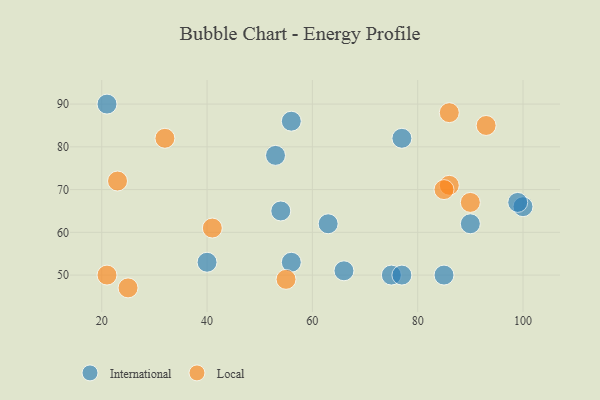
{"axis": {"x": "GDP", "y": "Life Expectancy"}, "legend": ["International", "Local"], "data": [{"x": "75", "y": 50, "type": "International"}, {"x": "53", "y": 78, "type": "International"}, {"x": "66", "y": 51, "type": "International"}, {"x": "63", "y": 62, "type": "International"}, {"x": "40", "y": 53, "type": "International"}, {"x": "77", "y": 50, "type": "International"}, {"x": "90", "y": 62, "type": "International"}, {"x": "100", "y": 66, "type": "International"}, {"x": "85", "y": 50, "type": "International"}, {"x": "99", "y": 67, "type": "International"}, {"x": "54", "y": 65, "type": "International"}, {"x": "56", "y": 86, "type": "International"}, {"x": "77", "y": 82, "type": "International"}, {"x": "56", "y": 53, "type": "International"}, {"x": "21", "y": 90, "type": "International"}, {"x": "86", "y": 88, "type": "Local"}, {"x": "25", "y": 47, "type": "Local"}, {"x": "86", "y": 71, "type": "Local"}, {"x": "21", "y": 50, "type": "Local"}, {"x": "55", "y": 49, "type": "Local"}, {"x": "93", "y": 85, "type": "Local"}, {"x": "90", "y": 67, "type": "Local"}, {"x": "23", "y": 72, "type": "Local"}, {"x": "85", "y": 70, "type": "Local"}, {"x": "41", "y": 61, "type": "Local"}, {"x": "32", "y": 82, "type": "Local"}]}